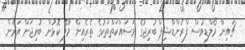
ޗައިނާ މޯލްޑިވުސް ފްރެންޑްޝިޕް ބުރިޖުގެ މަސައްކަތްތަކުގެ ތެރެއިން މާލޭ ކޮޅުން ބުރިޖަށް އަރަން